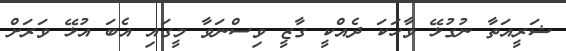
ޝަރީއަތާ ނުގުޅޭ ވާހަަކަ ދެއްކީ ގާޒީ ވިސްނަވާ މީގައި އެބަ އުޅޭ ވަރަށް